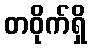
တဝိုက်ရှိ